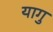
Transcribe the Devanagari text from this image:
यागु